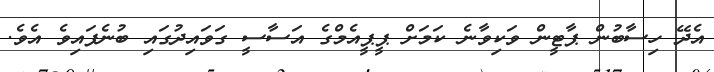
އެދޭ ހިސާބުން ޕާޓީން ވަކިވާނެ ކަމަށް ޕީޕީއެމްގެ އަސާސީ ގަވައިދުގައި ބުނެފައިވެ އެވެ.